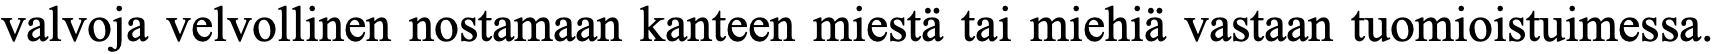
valvoja velvollinen nostamaan kanteen miestä tai miehiä vastaan tuomioistuimessa.